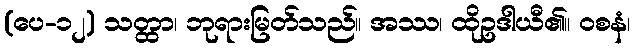
(ပေ-၁၂) သတ္ထာ၊ ဘုရားမြတ်သည်။ အဿ၊ ထိုဥဒါယီ၏။ ဝစနံ၊